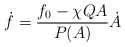
\begin{align*}\dot{f}=\frac{f_0-\chi Q A}{P(A)}\dot{A}\end{align*}